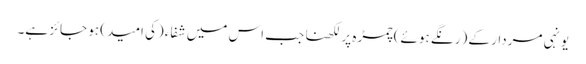
یونہی مردار کے (رنگے ہوئے) چمڑہ پر لکھنا جب اس میں شفاء (کی امید) ہو جائز ہے۔